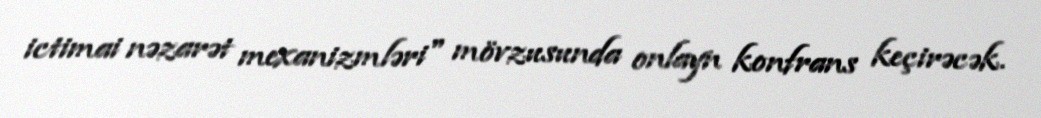
ictimai nəzarət mexanizmləri" mövzusunda onlayn konfrans keçirəcək.